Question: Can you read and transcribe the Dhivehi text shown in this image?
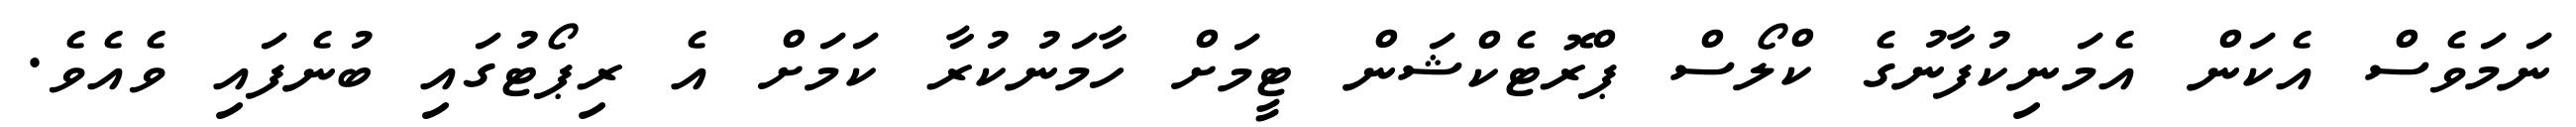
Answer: ނަމަވެސް އެކަން އެމަނިކުފާނުގެ ކްލޯސް ޕްރޮޓެކްޝަން ޓީމަށް ހާމަނުކުރާ ކަމަށް އެ ރިޕޯޓުގައި ބުނެފައި ވެއެވެ.